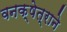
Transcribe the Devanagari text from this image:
वनक्षेत्राने